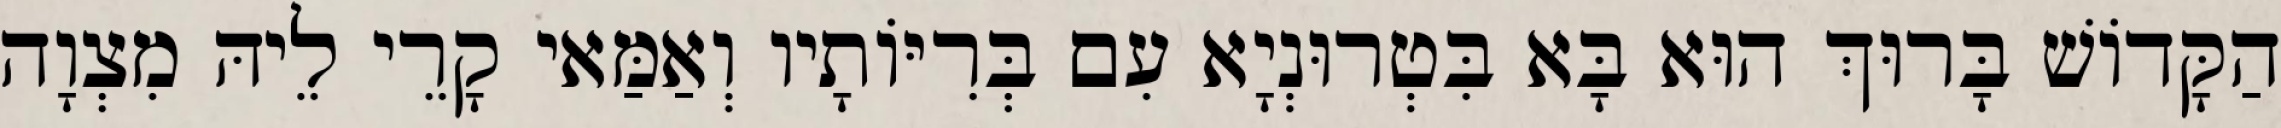
הַקָּדוֹשׁ בָּרוּךְ הוּא בָּא בִּטְרוּנְיָא עִם בְּרִיּוֹתָיו וְאַמַּאי קָרֵי לֵיהּ מִצְוָה